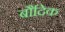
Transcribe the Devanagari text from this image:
बौदिक